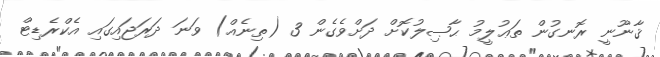
ޤާނޫނީ ރޮނގުން ތަޢުލީމު ޙާޞިލުކޮށް ދަށްވެގެން 3 (ތިނެއް) ވަނަ ދަރަޖައިގައި އެކްރެޑިޓް